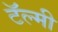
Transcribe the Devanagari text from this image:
टॅल्मी